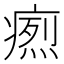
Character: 𤹐